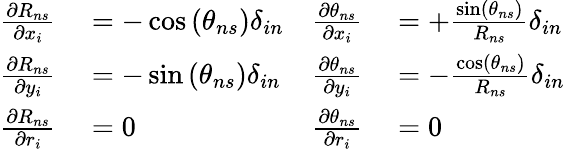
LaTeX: {\begin{array}{rlrl}{\frac{\partial R_{ns}}{\partial x_{i}}}&{{}=-\cos\left(\theta_{ns}\right)\delta_{in}}&{\frac{\partial\theta_{ns}}{\partial x_{i}}}&{{}=+\frac{\sin\left(\theta_{ns}\right)}{R_{ns}}\delta_{in}}\\ {\frac{\partial R_{ns}}{\partial y_{i}}}&{{}=-\sin\left(\theta_{ns}\right)\delta_{in}}&{\frac{\partial\theta_{ns}}{\partial y_{i}}}&{{}=-\frac{\cos\left(\theta_{ns}\right)}{R_{ns}}\delta_{in}}\\ {\frac{\partial R_{ns}}{\partial r_{i}}}&{{}=0}&{\frac{\partial\theta_{ns}}{\partial r_{i}}}&{{}=0}\end{array}}